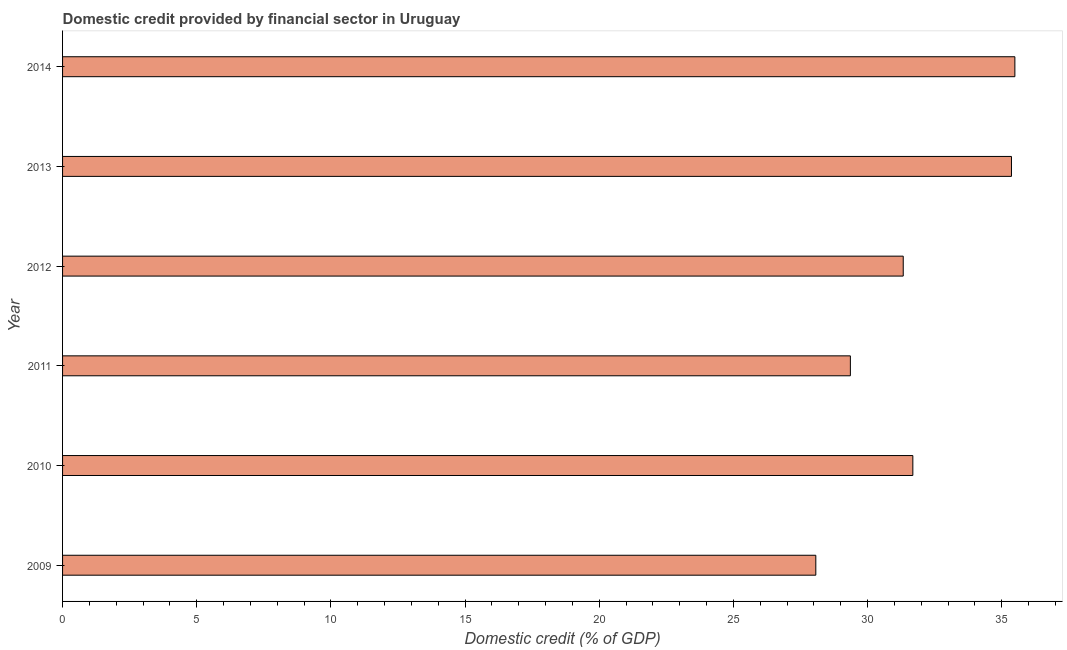
| Year | Domestic credit provided by financial sector |
 | --- | --- |
 | 2009 | 28.1 |
 | 2010 | 31.7 |
 | 2011 | 29.4 |
 | 2012 | 31.3 |
 | 2013 | 35.4 |
 | 2014 | 35.5 |